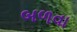
બળવા